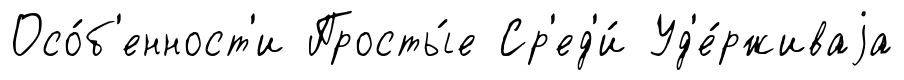
Осо́б'енност'и Просты́е Ср'ед'и́ Уд'е́рживаjа